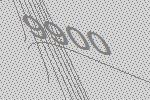
9900